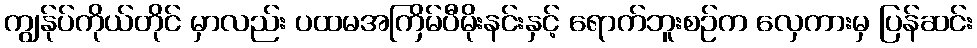
ကျွန်ုပ်ကိုယ်တိုင် မှာလည်း ပထမအကြိမ်ပီမိုးနင်းနှင့် ရောက်ဘူးစဉ်က လှေကားမှ ပြန်ဆင်း